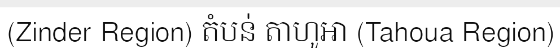
(Zinder Region) តំបន់ តាហូអា (Tahoua Region)